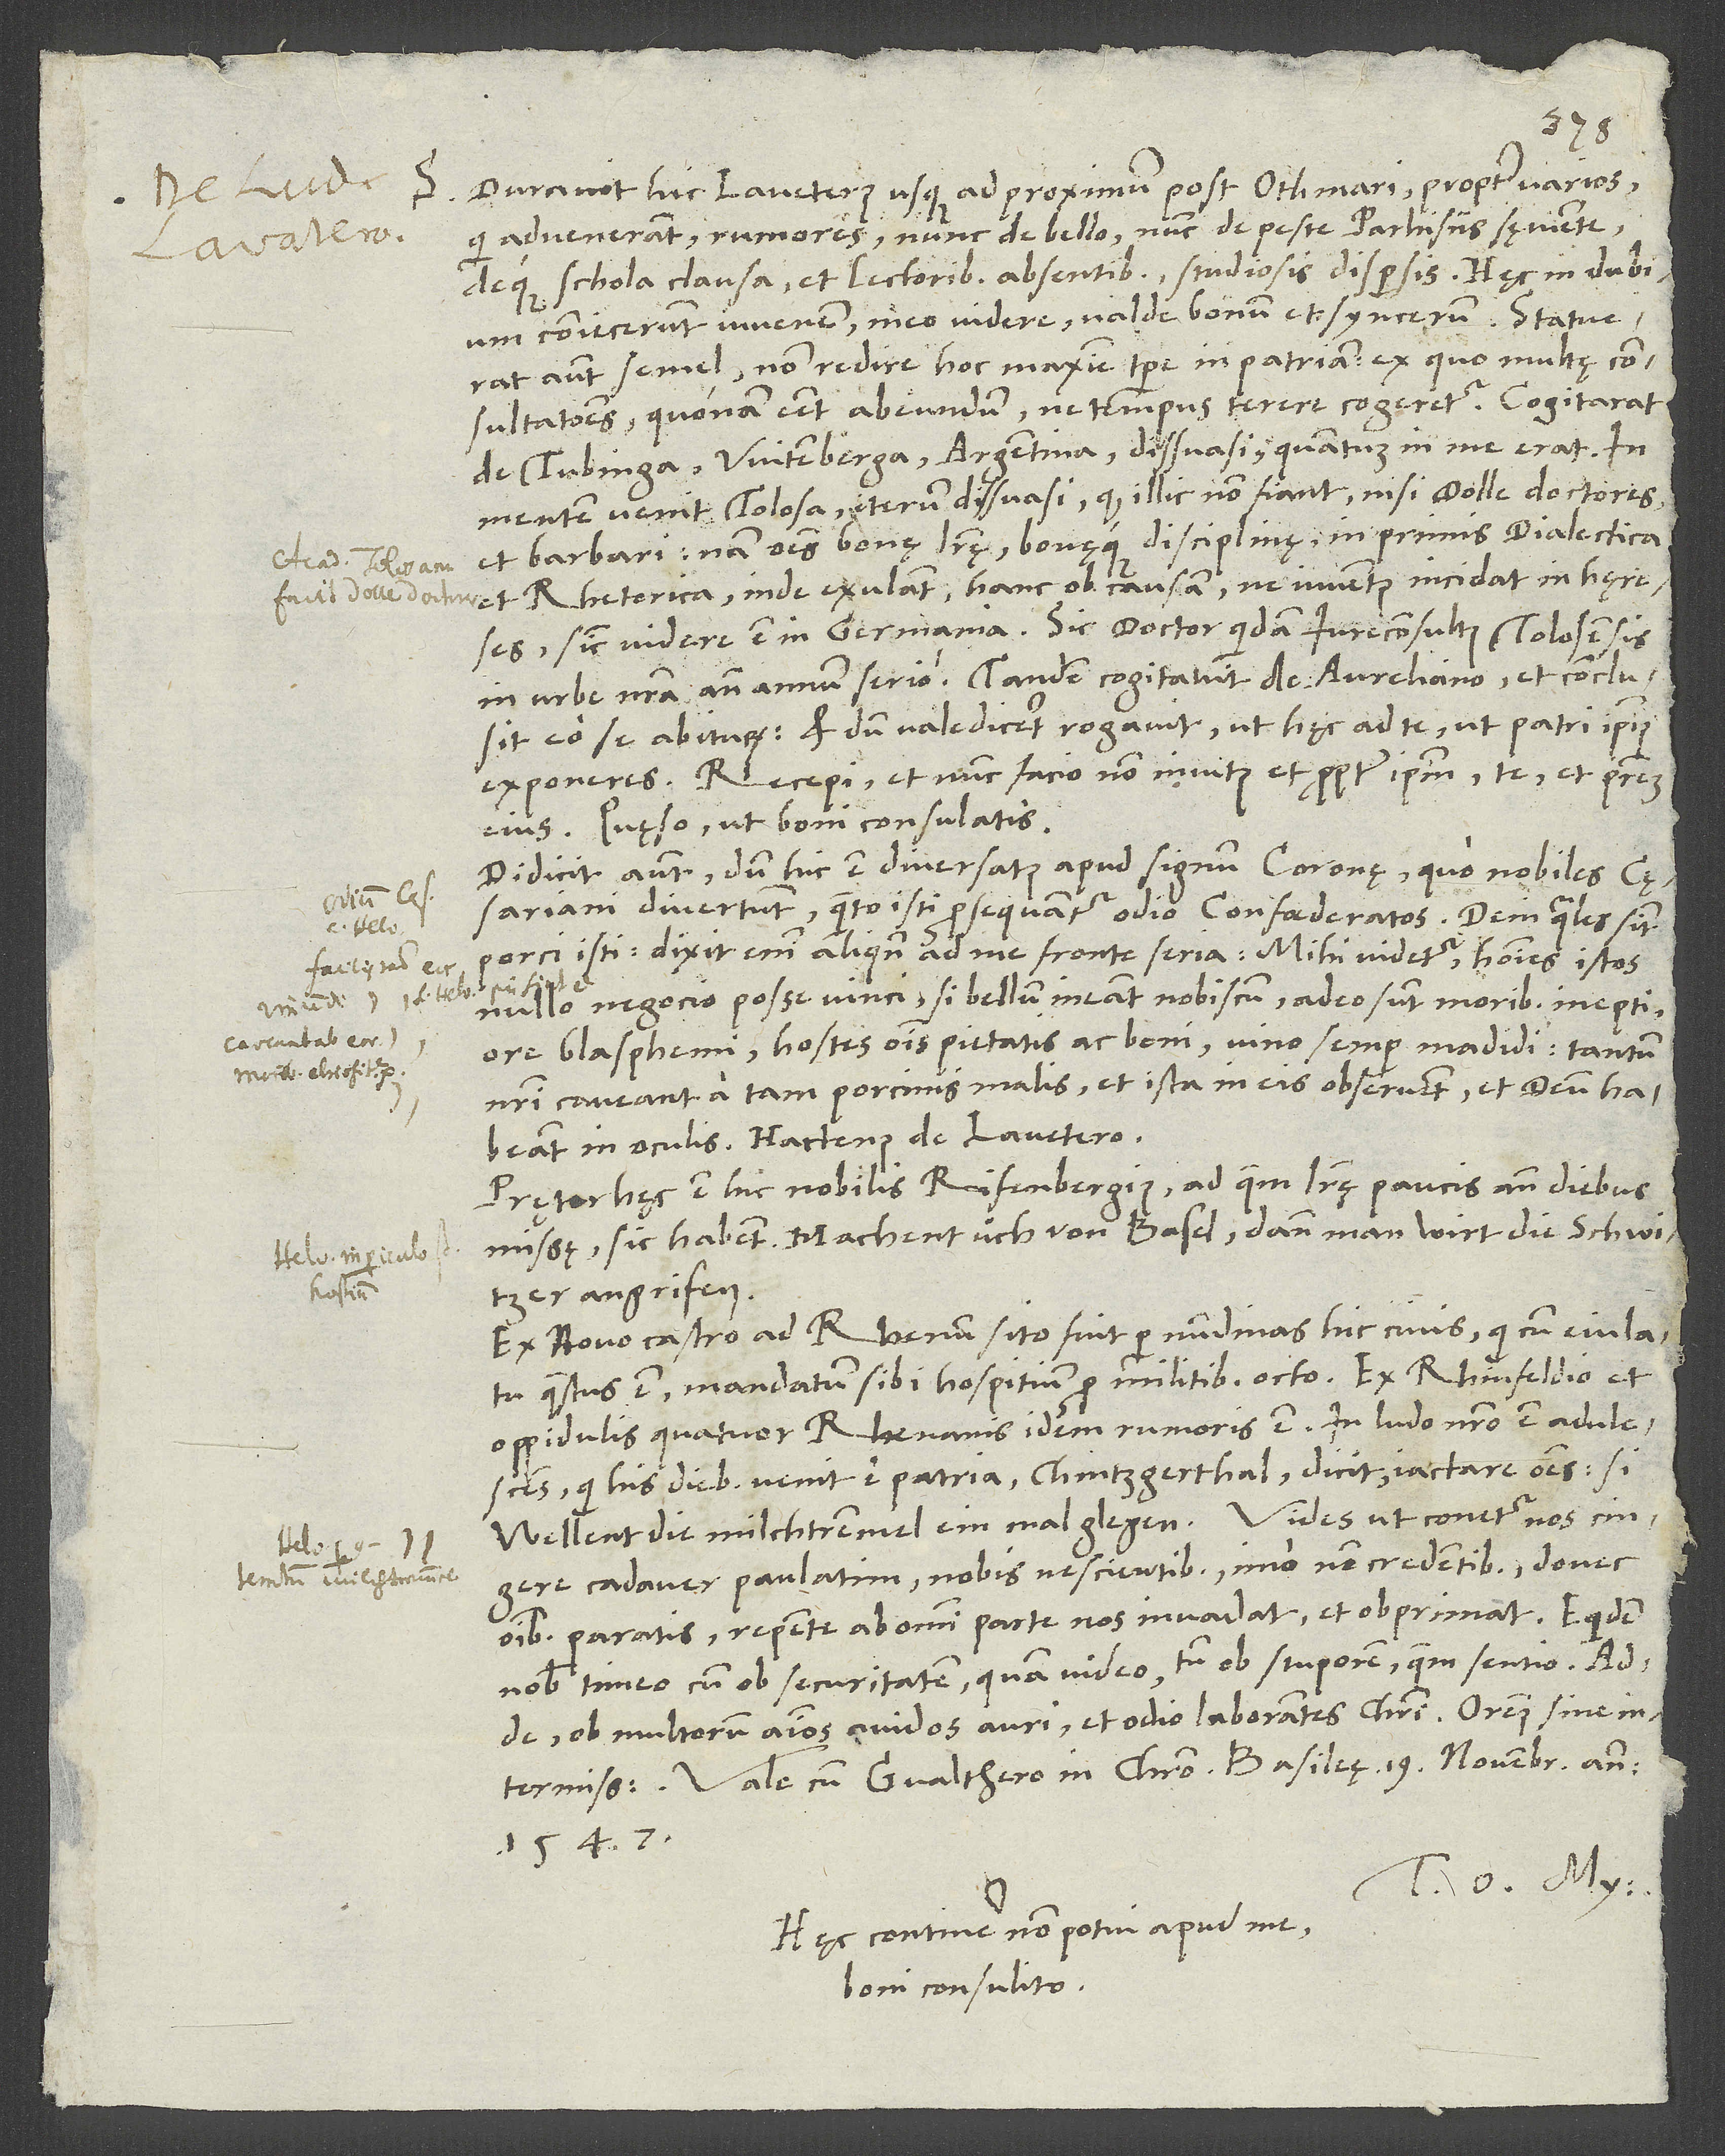
S. Duravit hic Lavaterus usque ad proximum post Othmari propter varios,
qui advenerant, rumores nunc de bello nunc de peste Parhisiis sęviente
deque schola clausa et lectoribus absentibus, studiosis dispersis. Hęc in dubium
coniecerunt iuvenem, meo videre valde bonum et syncerum. Statuerat
autem semel non redire hoc maxime tempore in patriam (ex quo multę
consultationes, quonam esset abeundum), ne tempus terere cogeretur. Cogitarat
de Tubinga, Witenberga, Argentina. Dissuasi, quantum in me erat. In
mentem venit Tolosa. Iterum dissuasi, quod illic non fiant nisi dolle doctores
et barbari. Nam omnes bonę literę bonęque disciplinę, inprimis dialectica
et rhetorica, inde exulant hanc ob causam, ne iuventus incidat in hęreses,
sicut videre est in Germania. Sic doctor quidam iureconsultus Tolosensis
in urbe nostra ante annum serio. Tandem cogitavit de Aureliano et conclusit
eo se abiturum, et dum valediceret, rogavit, ut hęc ad te, ut patri ipsius
exponeres. Recepi, et nunc facio non invitus et propter ipsum, te et patrem
eius. Quęso, ut boni consulatis.
Didicit autem, dum hic est diversatus apud signum coronę, quo nobiles cęsariani
divertunt, quanto isti persequantur odio confoederatos, deinde quales sint
porci isti. Dixit enim aliquando ad me fronte seria: „Mihi videtur homines istos
nullo negocio posse vinci, si bellum ineant nobiscum. Adeo sunt moribus ineptiores,
blasphemi, hostes omnis pietatis ac boni, vino semper madidi, tantum
nostri caveant a tam porcinis malis et ista in eis observent et deum habeant
in oculis!“ Hactenus de Lavatero.
Pręter hęc est nobilis Reifenbergius, ad quem literę paucis ante diebus
missę sic habent: „Machent üch von Basel, dann man wirt die Schwitzer
angrifen!“
Ex Novocastro ad Rhenum sito fuit per nundinas hic civis, qui cum eiulatu
quaestus est mandatum sibi hospitium pro militibus octo. Ex Rhinfeldio et
oppidulis quatuor Rhenanis idem rumoris est. In ludo nostro est adulescens,
qui his diebus venit e patria Gintzgertal. Dicit iactare omnes: Si
wellent die milchtremmel einmal glegen. Vides, ut conetur nos cingere
cadaver paulatim nobis nescientibus, imo non credentibus, donec
omnibus paratis repente ab omni parte nos invadat et obprimat. Equidem
nobis timeo cum ob securitatem, quam video, tum ob stuporem, quem sentio, adde
ob multorum animos avidos auri et odio laborantes Christi. Oremus sine
Vale cum Gvalthero in Christo. Basileę, 19. novembris anno
1547.
Tuus O. My.
Hęc continere non potui apud me.
Boni consulito.